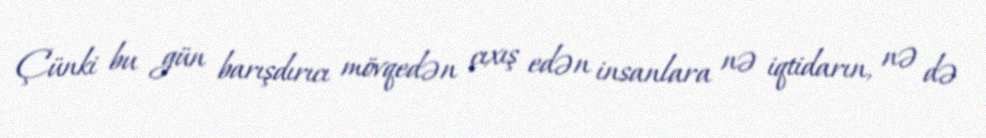
Çünki bu gün barışdırıcı mövqedən çıxış edən insanlara nə iqtidarın, nə də